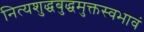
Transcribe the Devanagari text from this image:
नित्यशुद्धबुद्धमुक्तस्वभावं